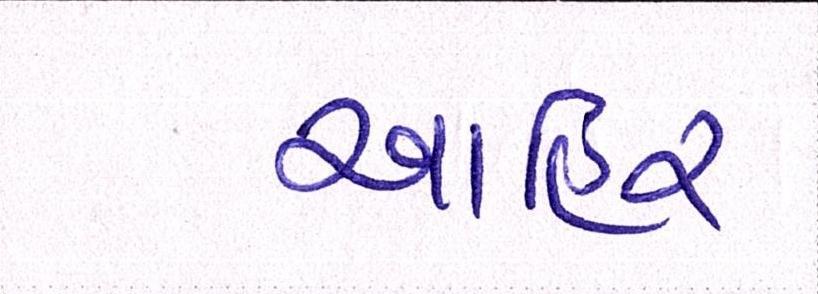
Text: આહિર